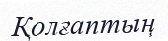
Қолғаптың